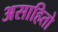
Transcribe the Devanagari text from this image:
असाहितो